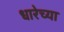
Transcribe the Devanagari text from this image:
धारेच्या